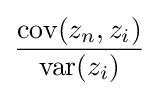
{\frac {\operatorname {cov} (z_{n},z_{i})}{\operatorname {var} (z_{i})}}